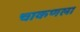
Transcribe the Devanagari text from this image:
चाकणला